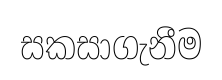
සකසාගැනීම